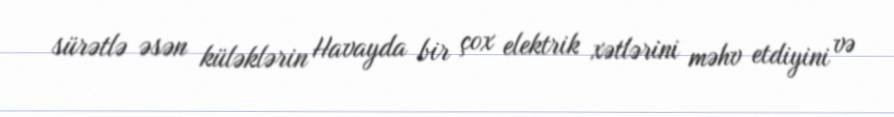
sürətlə əsən küləklərin Havayda bir çox elektrik xətlərini məhv etdiyini və